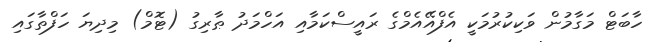
ހާބަޓް މަގާމުން ވަކިކުރުމަކީ އެފްއޭއެމްގެ ރައީސްކަމާއި އަހްމަދު ޠާރިގު (ޓޮމް) މިދިޔަ ހަފްތާގައި